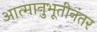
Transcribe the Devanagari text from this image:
आत्मानुभूतीनंतर